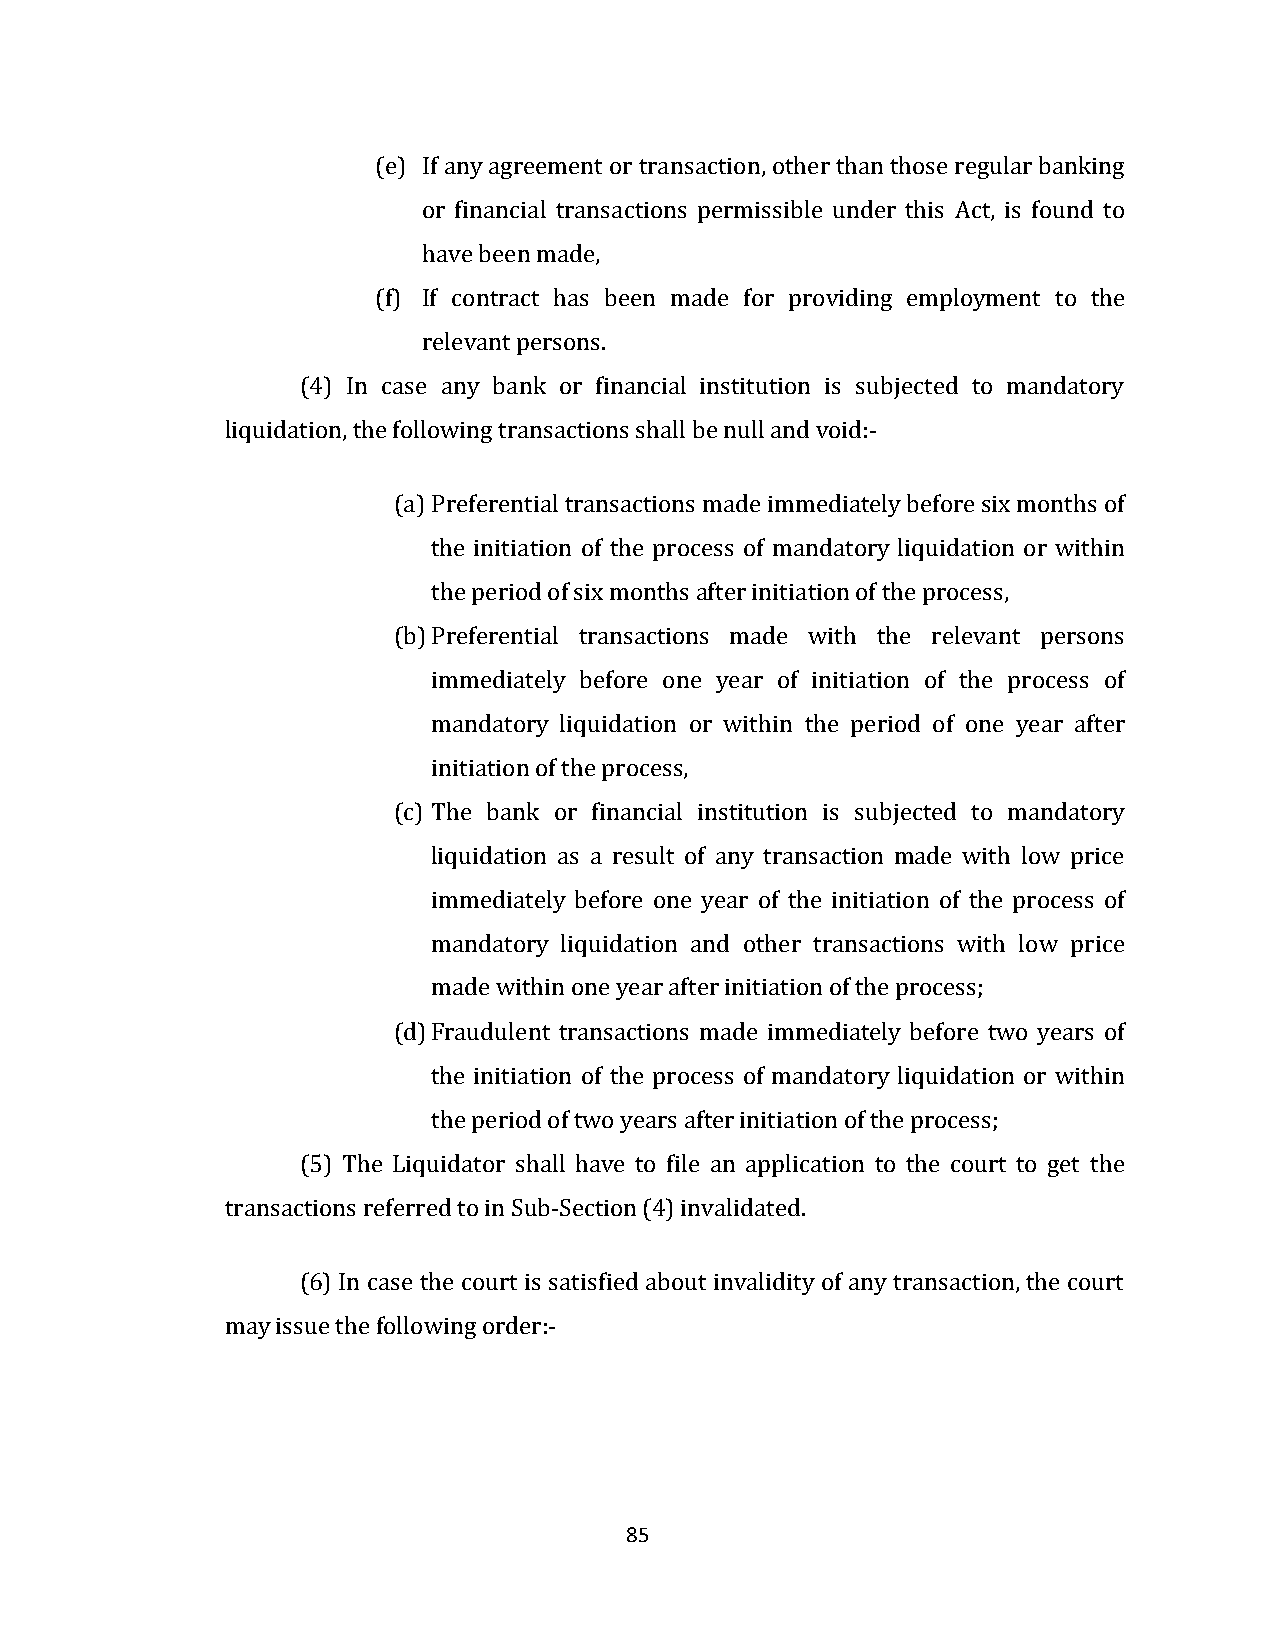
(e) If any agreement or transaction, other than those regular banking
 or financial transactions permissible under this Act, is found to
 have been made,
 (f) If contract has been made for providing employment to the
 relevant persons.
 (4) In case any bank or financial institution is subjected to mandatory
 liquidation, the following transactions shall be null and void:-
 (a) Preferential transactions made immediately before six months of
 the initiation of the process of mandatory liquidation or within
 the period of six months after initiation of the process,
 (b) Preferential transactions made with the relevant persons
 immediately before one year of initiation of the process of
 mandatory liquidation or within the period of one year after
 initiation of the process,
 (c) The bank or financial institution is subjected to mandatory
 liquidation as a result of any transaction made with low price
 immediately before one year of the initiation of the process of
 mandatory liquidation and other transactions with low price
 made within one year after initiation of the process;
 (d) Fraudulent transactions made immediately before two years of
 the initiation of the process of mandatory liquidation or within
 the period of two years after initiation of the process;
 (5) The Liquidator shall have to file an application to the court to get the
 transactions referred to in Sub-Section (4) invalidated.
 (6) In case the court is satisfied about invalidity of any transaction, the court
 may issue the following order:-
 85